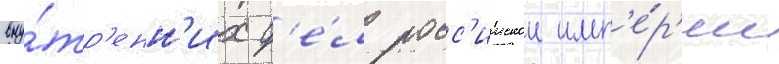
вну́тр'енн'их д'е́л росс'иискои имп'е́р'ии